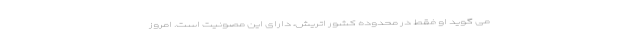
می گوید او فقط در محدوده کشور اتریش، دارای این مصونیت است. امروز